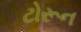
ટોરૂન